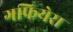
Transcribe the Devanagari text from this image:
गफियेरा